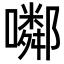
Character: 𡂰